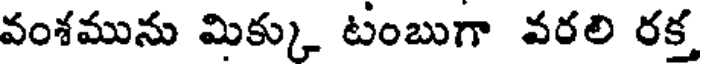
వంశమును మిక్కు టంబుగా వరలి రక్త